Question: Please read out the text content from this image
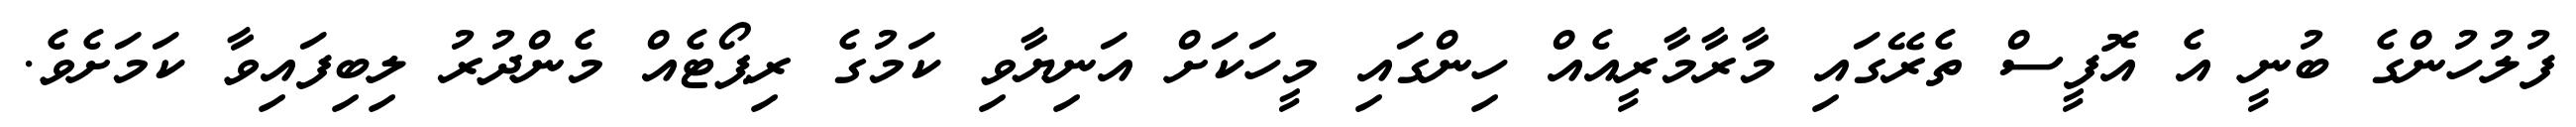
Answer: ފުލުހުންގެ ބުނީ އެ އޮފީސް ތެރޭގައި މާރާމާރީއެއް ހިންގައި މީހަކަށް އަނިޔާވި ކަމުގެ ރިޕޯޓެއް މެންދުރު ލިބިފައިވާ ކަމަށެވެ.